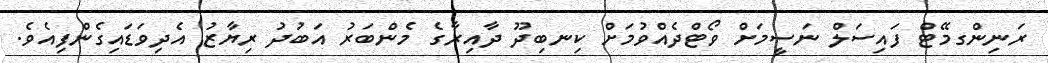
ރަނިންގމޭޓް ފައިސަލް ނަސީމަށް ވޯޓްދެއްވުމަށް ކިނބިދޫ ދާއިރާގެ މެންބަރު އަބުދު ރިޔާޒު އެދިވަޑައިގެންފިއެވެ.